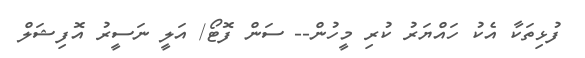
ފުޅިތަކާ އެކު ހައްޔަރު ކުރި މީހުން-- ސަން ފޮޓޯ/ އަލީ ނަސީރު އޮފިޝަލް